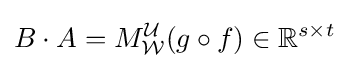
B\cdot A=M_{\mathcal {W}}^{\mathcal {U}}(g\circ f)\in \mathbb {R} ^{s\times t}